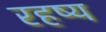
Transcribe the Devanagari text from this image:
रहष्य